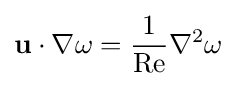
\mathbf {u} \cdot \nabla \mathbf {\omega } ={\frac {1}{\mathrm {Re} }}\nabla ^{2}\omega